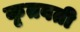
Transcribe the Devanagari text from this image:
कृतवती